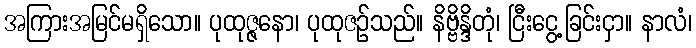
အကြားအမြင်မရှိသော။ ပုထုဇ္ဇနော၊ ပုထုဇဉ်သည်။ နိဗ္ဗိန္ဒိတုံ၊ ငြီးငွေ့ခြင်းငှာ။ နာလံ၊